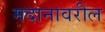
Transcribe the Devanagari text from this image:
मदानावरील